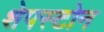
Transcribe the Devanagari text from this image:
शेपस्टोन